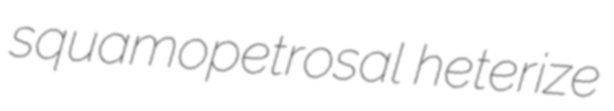
squamopetrosal heterize